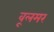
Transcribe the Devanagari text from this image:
वूलमर